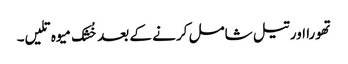
تھورا اور تیل شامل کرنے کے بعد خُشک میوہ تلیں۔